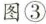
图③